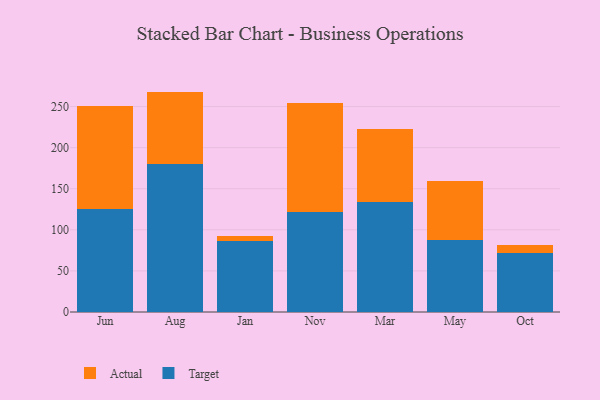
{"axis": {"x": "Month", "y": "Production Output"}, "legend": ["Actual", "Target"], "data": [{"x": "Jun", "y": 125.6, "type": "Target"}, {"x": "Jun", "y": 125.3, "type": "Actual"}, {"x": "Aug", "y": 179.9, "type": "Target"}, {"x": "Aug", "y": 88.3, "type": "Actual"}, {"x": "Jan", "y": 86.5, "type": "Target"}, {"x": "Jan", "y": 6.3, "type": "Actual"}, {"x": "Nov", "y": 121.9, "type": "Target"}, {"x": "Nov", "y": 132.4, "type": "Actual"}, {"x": "Mar", "y": 133.8, "type": "Target"}, {"x": "Mar", "y": 89.0, "type": "Actual"}, {"x": "May", "y": 87.2, "type": "Target"}, {"x": "May", "y": 72.2, "type": "Actual"}, {"x": "Oct", "y": 72.4, "type": "Target"}, {"x": "Oct", "y": 9.5, "type": "Actual"}]}